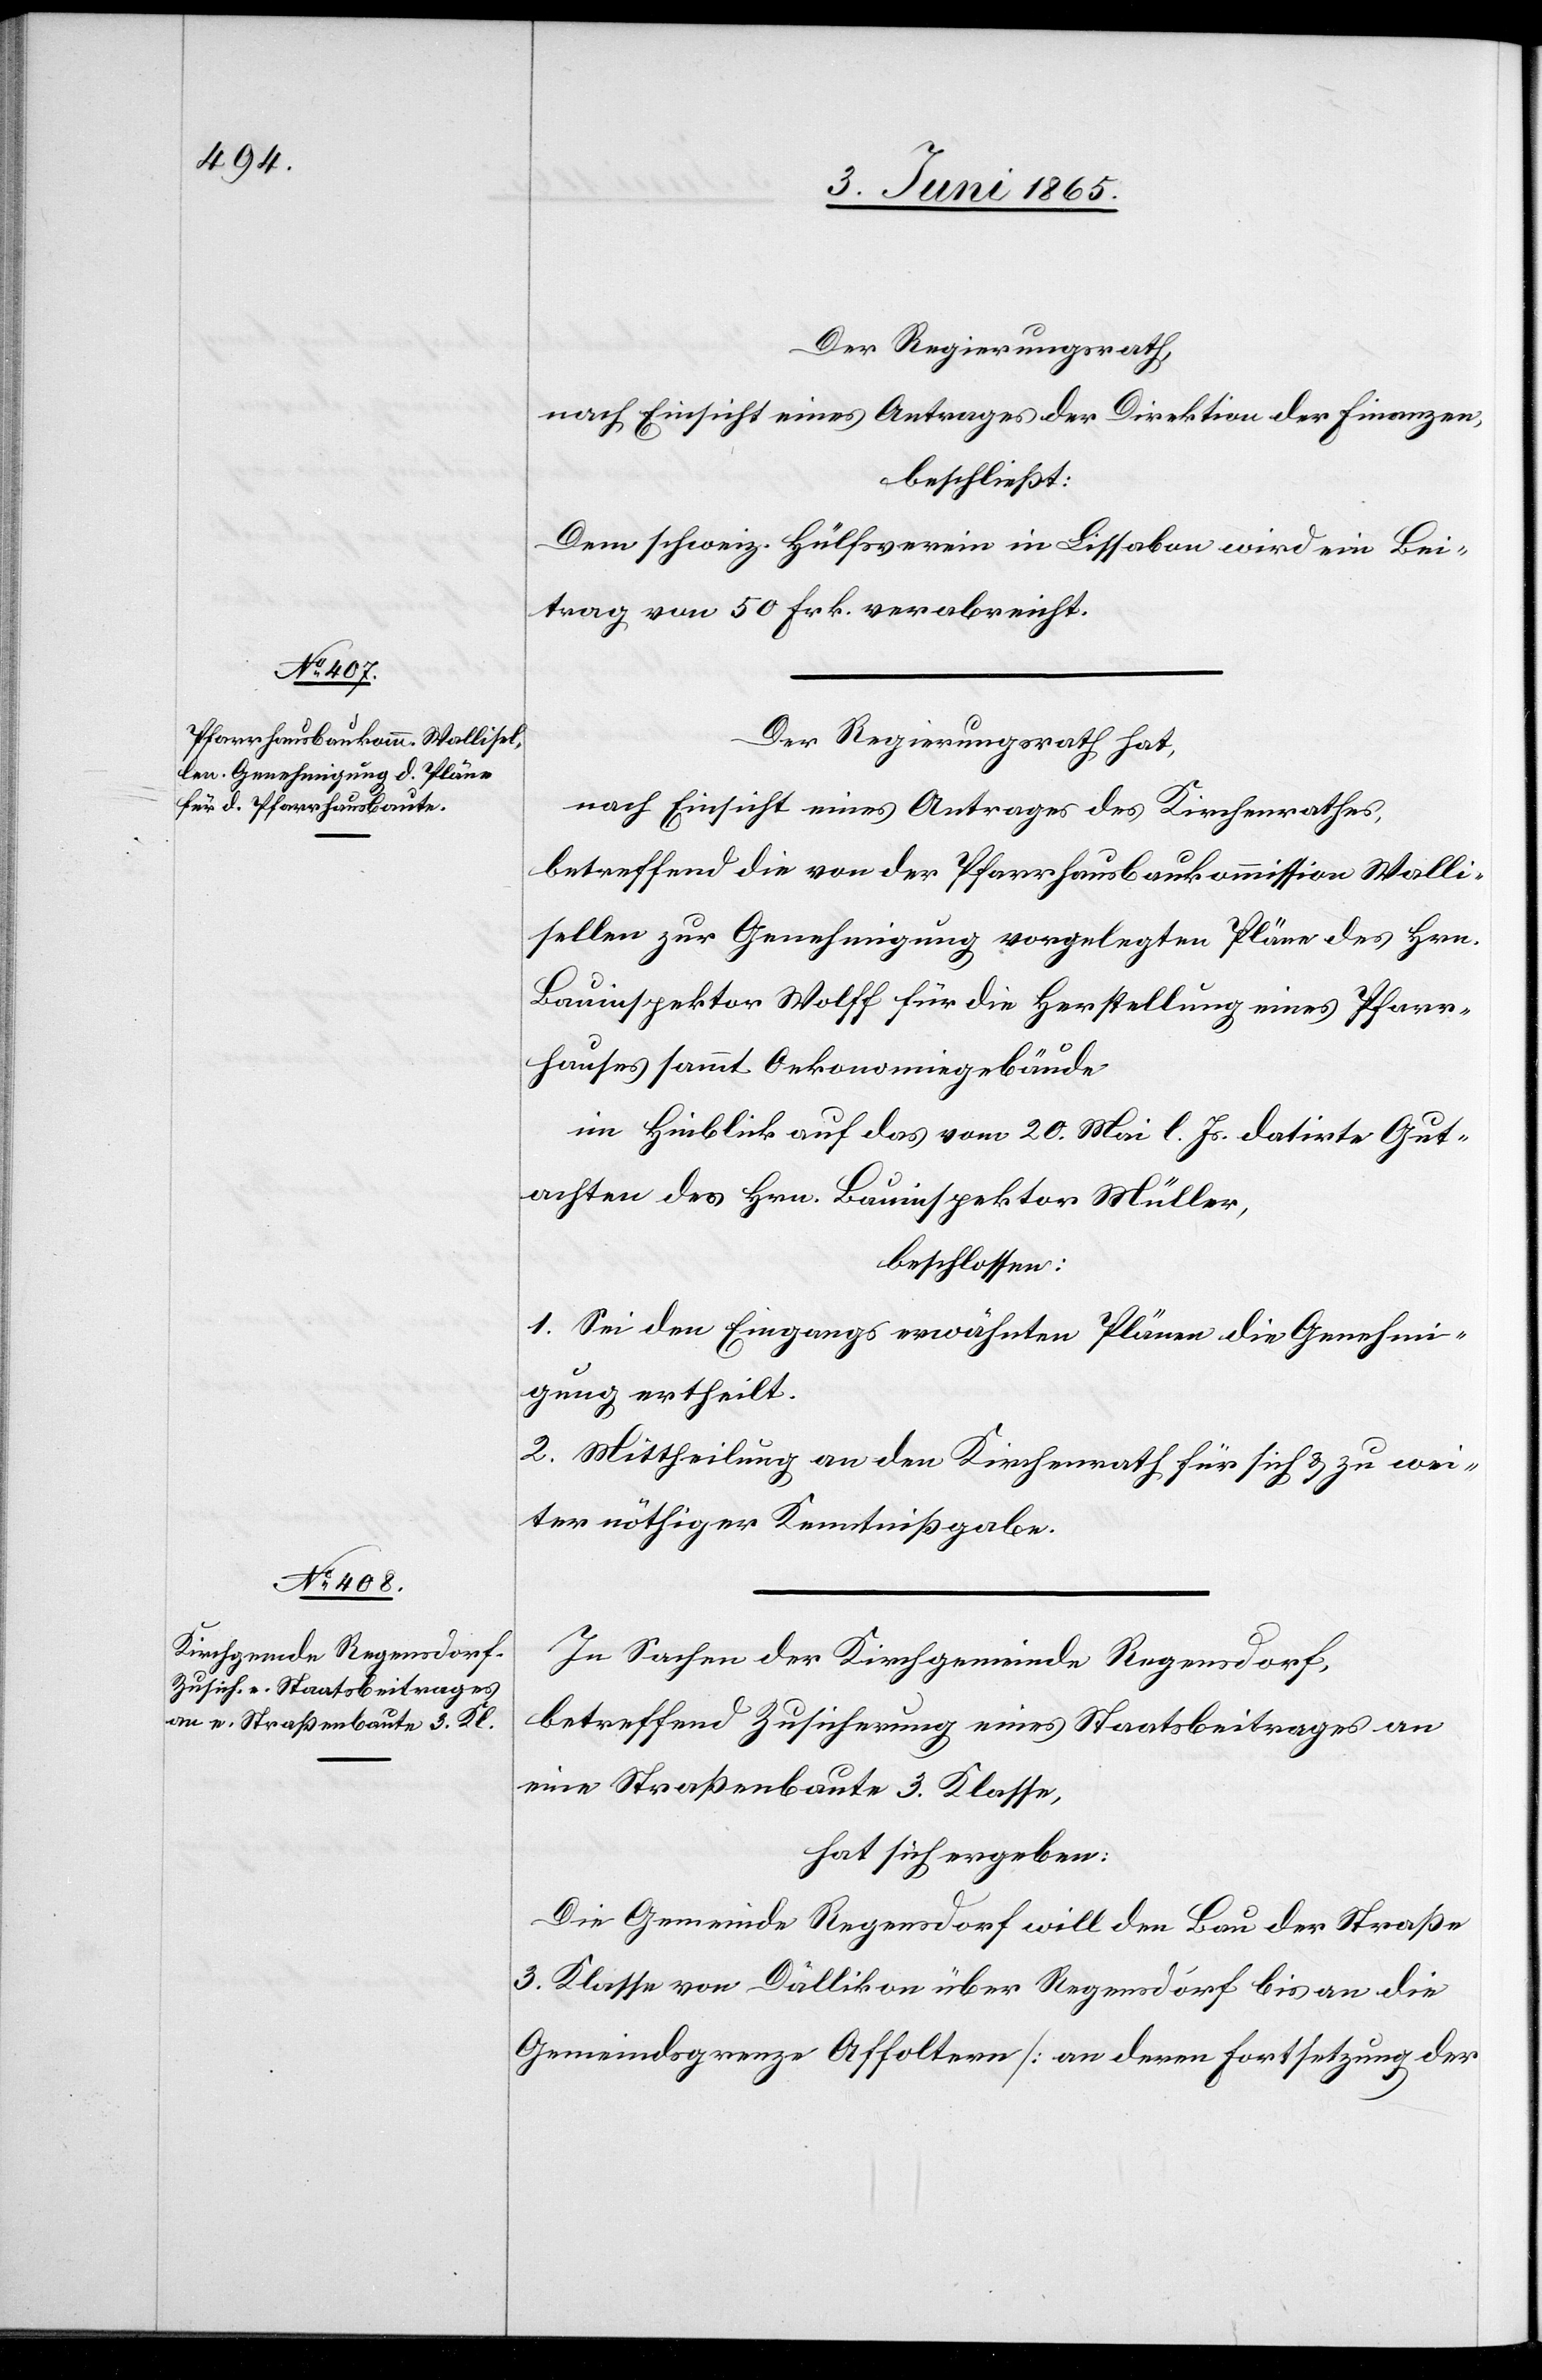
Der Regierungsrath,
nach Einsicht eines Antrages der Direktion der Finanzen,
beschließt:
Dem schweiz. Hülfsverein in Lissabon wird ein Bei¬
trag von 50 Frk. verabreicht.
Der Regierungsrath hat,
nach Einsicht eines Antrages des Kirchenrathes,
betreffend die von der Pfarrhausbaukommission Walli¬
sellen zur Genehmigung vorgelegten Pläne des Hrn.
Bauinspektor Wolff für die Herstellung eines Pfarr¬
hauses sammt Oekonomiegbäude
im Hinblick auf das vom 20. Mai l. Js. datirte Gut¬
achten des Hrn. Bauinspektor Müller,
beschlossen:
1. Sei den Eingangs erwähnten Pläne die Genehmi¬
gung ertheilt.
2. Mittheilung an den Kirchenrath für sich & zu wei¬
ter nöthiger Kenntnißgabe.
In Sachen der Kirchgemeinde Regensdorf,
betreffend Zusicherung eines Staatsbeitrages an
eine Straßenbaute 3. Klasse,
hat sich ergeben:
Die Gemeinde Regensdorf will den Bau der Straße
3. Klasse von Dällikon über Regensdorf bis an die
Gemeindsgrenze Affoltern [an deren Fortsetzung der